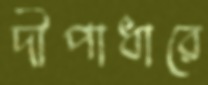
দীপাধারে